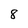
Character: 8